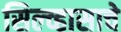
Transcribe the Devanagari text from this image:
सिल्व्हासाचे